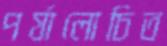
পর্যালোচিত